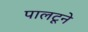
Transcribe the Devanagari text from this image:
पालटूने